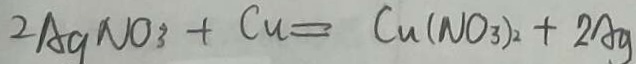
2 A g N O _ { 3 } + C u = C u ( N O _ { 3 } ) _ { 2 } + 2 A g